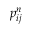
p _ { i j } ^ { n }